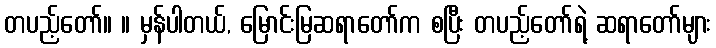
တပည့်တော်။ ။ မှန်ပါတယ်, မြောင်းမြဆရာတော်က စပြီး တပည့်တော်ရဲ့ ဆရာတော်များ